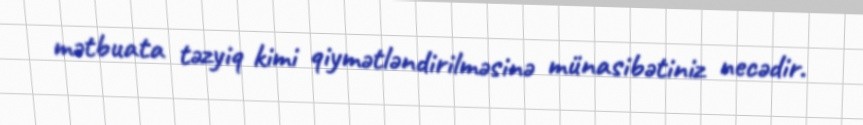
mətbuata təzyiq kimi qiymətləndirilməsinə münasibətiniz necədir.